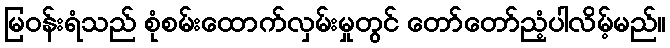
မြဝန်းရံသည် စုံစမ်းထောက်လှမ်းမှုတွင် တော်တော်ညံ့ပါလိမ့်မည်။